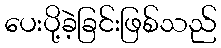
ပေးပို့ခဲ့ခြင်းဖြစ်သည်